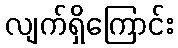
လျက်ရှိကြောင်း